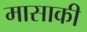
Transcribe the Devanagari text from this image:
मासाकी